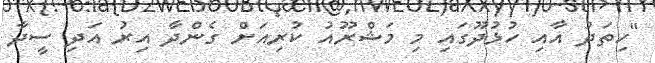
"ހިތަދު އާއި ހުޅުދޫގައި މި މަޝްރޫއު ކުރިއަށް ގެންދާ އިރު އަދި ސީދާ